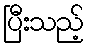
ပြီးသည့်